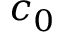
c _ { 0 }